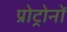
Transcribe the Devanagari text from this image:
प्रोट्रोनों